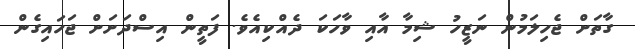
ގާތަށް ޖެހިލަމުން ނަޒީހު ޝިމާ އާއި ވާހަކަ ދެއްކިއެވެ. ފަތީން އިސްދަށަށް ޖަހައިގެން